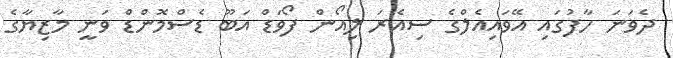
ދެވަނަ ހާފުގައި އޭވައިއެލްގެ ސިއެރަ ލިއޯން ފޯވަޑް އަބޫ ޑެސްމޮންޑް ވަނީ މާޒިޔާގެ